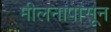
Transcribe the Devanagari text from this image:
मीलनापासून